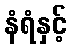
နံရံနှင့်